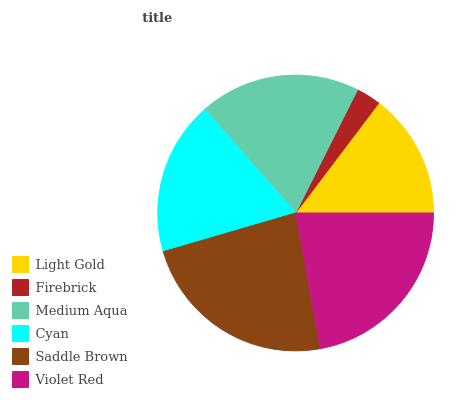
| Light Gold | Firebrick | Medium Aqua | Cyan | Saddle Brown | Violet Red |
 | --- | --- | --- | --- | --- | --- |
 | 14.7% | 2.9% | 18.8% | 18.1% | 23.4% | 22.1% |